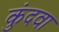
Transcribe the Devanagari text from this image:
कुंदवा